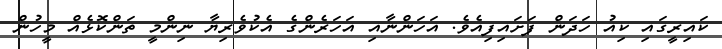
ކައިރީގައި ކިއު ހަދަން ފަށައިފިއެވެ. އަހަންނާއި އަހަރެންގެ އެކުވެރިޔާ ނިންމީ ތަންކޮޅެއް މީހުން